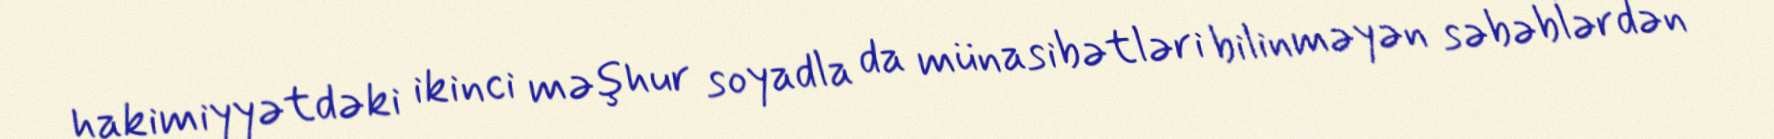
hakimiyyətdəki ikinci məşhur soyadla da münasibətləri bilinməyən səbəblərdən